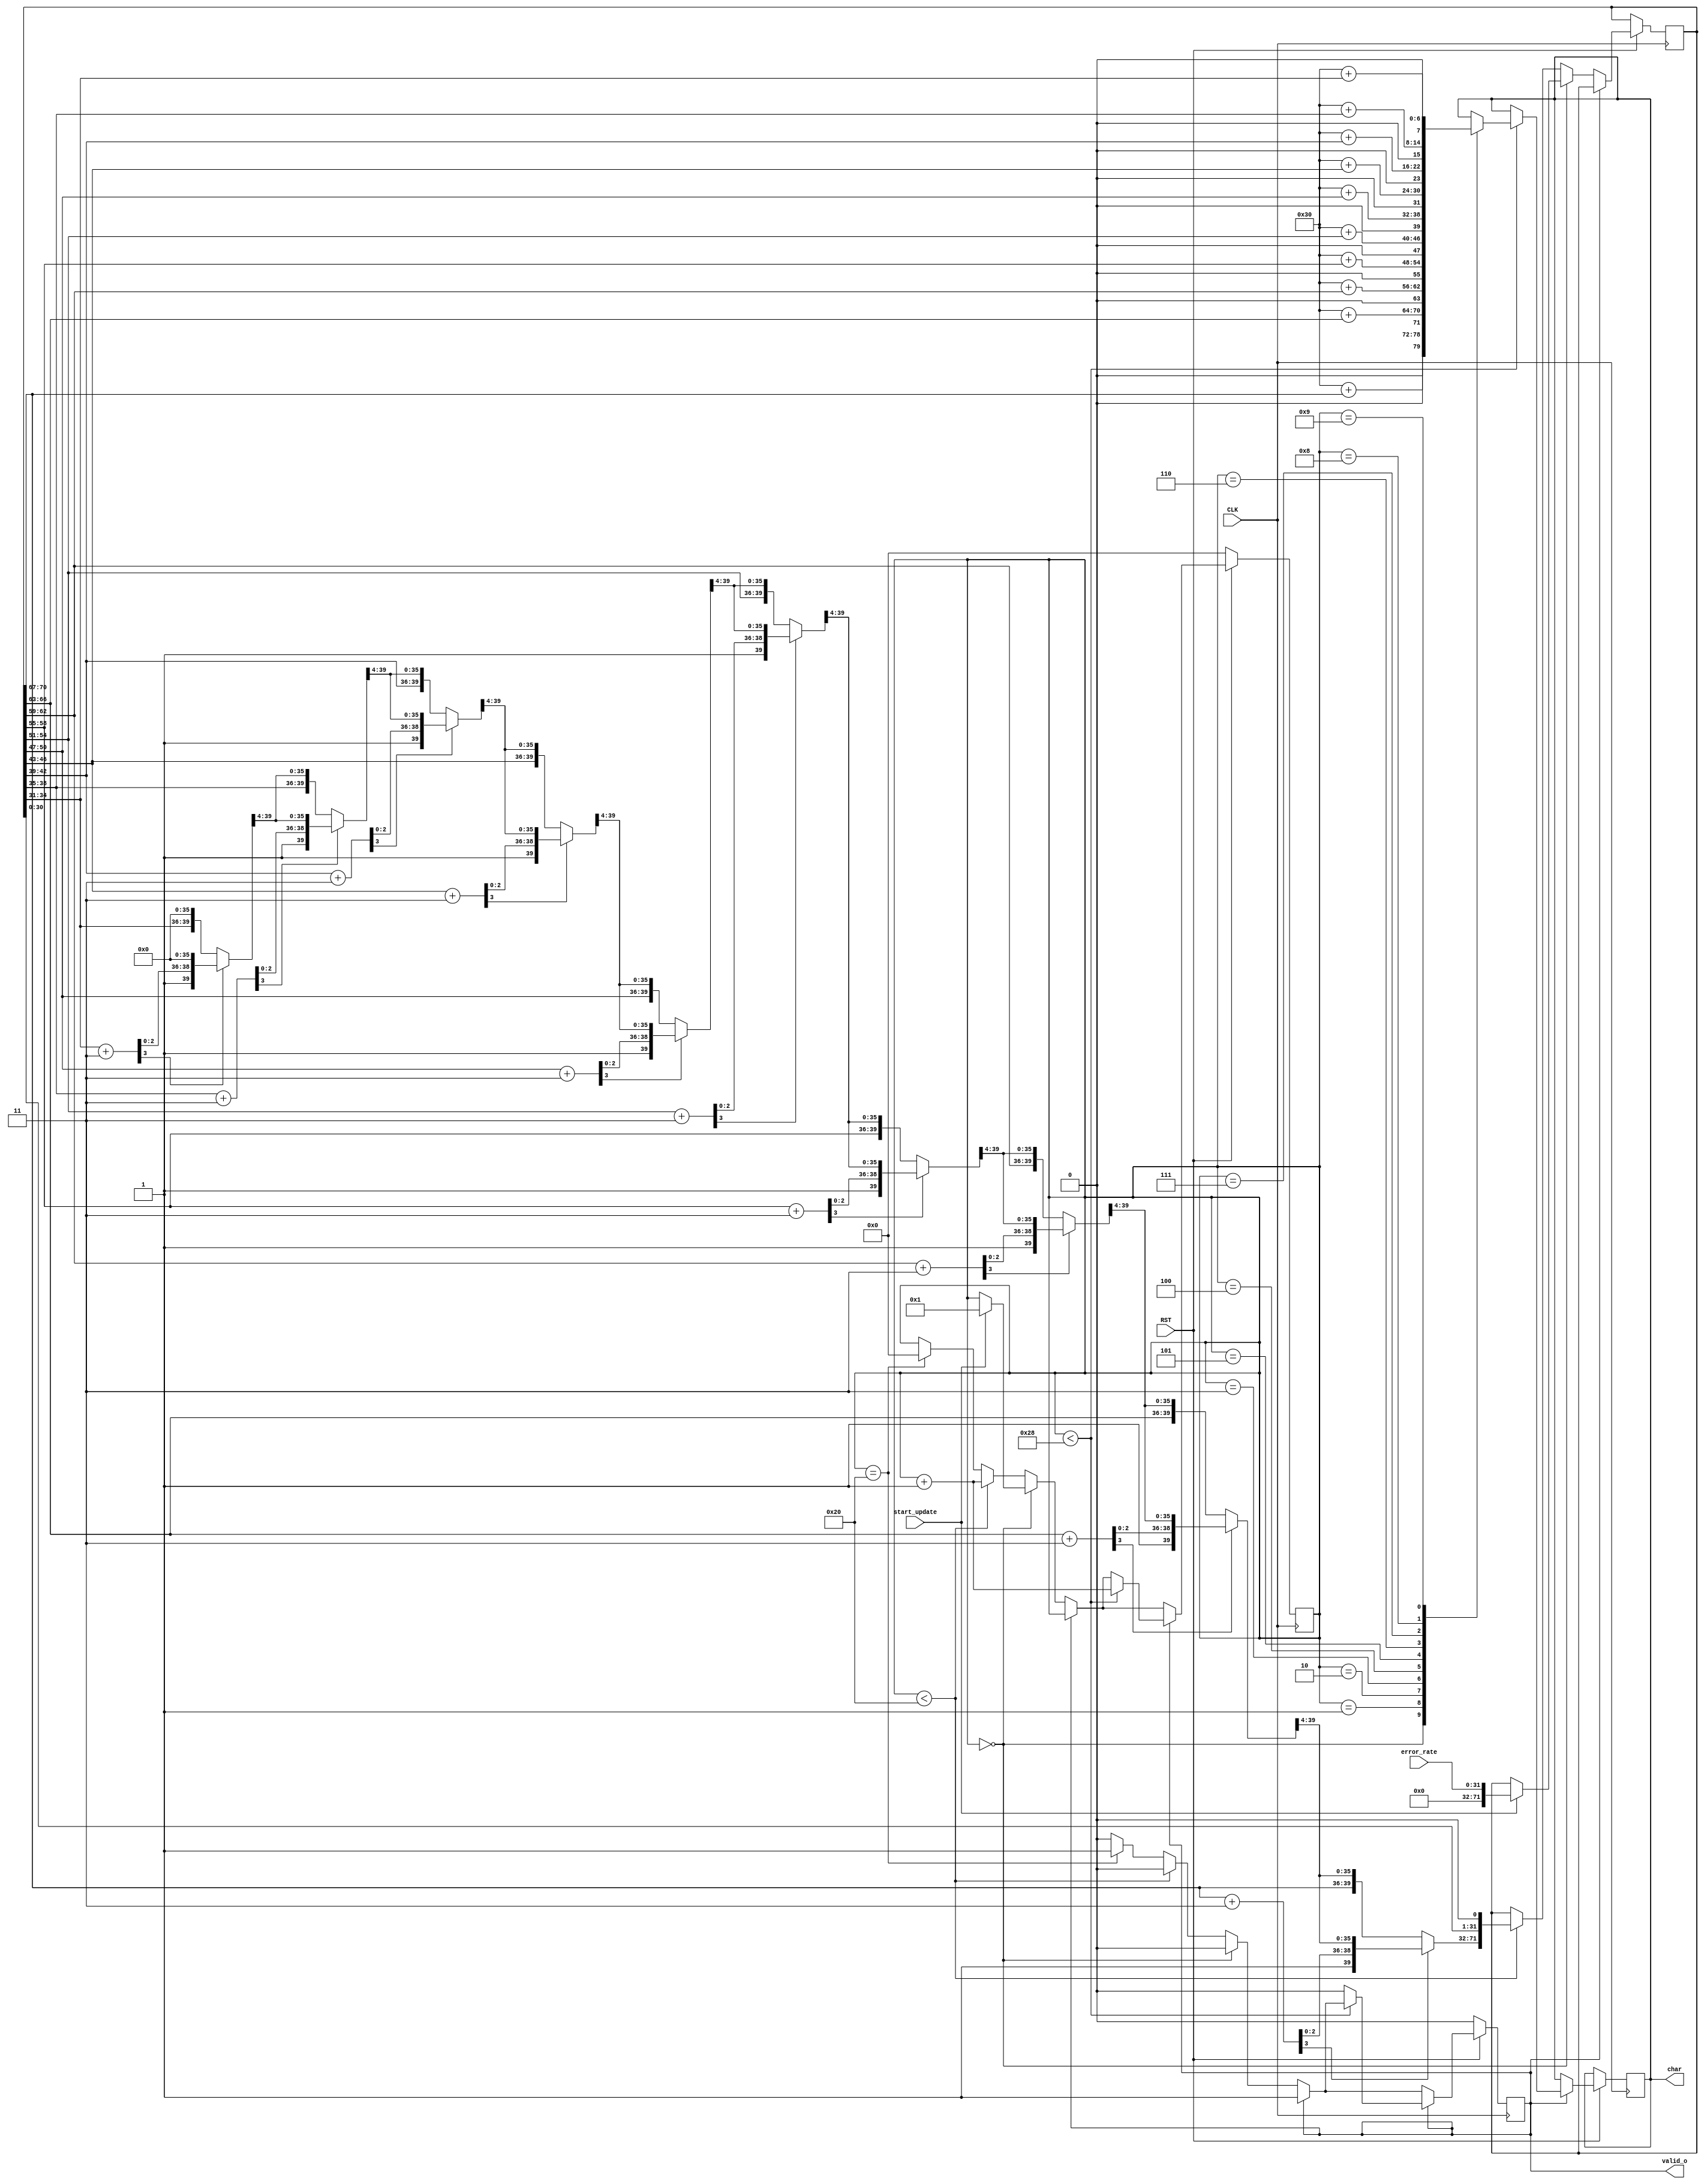

module num2char
  (
   input        CLK,
   input        RST,

   input        start_update,
   input [31:0] error_rate,

   output reg[7:0] char,
   output reg   valid_o
   );

// assign char = 8'd0;
// assign valid_o = 1'b0;

	`define BWW 6
	`define BW 32 // data
	`define DW 10
	`define DWW 4
	`define DWB 40 // digit 
	
//	wire[`BW-1:0] error_rate;
	reg [6:0] state;
	reg [`BW+`DWB-1:0] AllReg;
	reg [`DWB-1:0] dispchar;
	wire [`BW+`DWB-1:0] tempReg;
	assign tempReg = {AllReg[`BW+`DWB-2:0], 1'b0};
	
	always @(posedge CLK) begin
		if(!RST) begin
		   // 
			state <= 0;
			valid_o <= 0;
		end else begin
			if(valid_o == 0) begin
				if(state == 0) begin
					if(start_update == 1) begin
						state <= 1;
						AllReg <= {`DWB'b 0, error_rate};
					end
				end else if (state < (`BW)) begin
					AllReg <= {onedigit(tempReg), tempReg[`BW-1: 0]};
					state <= state + 1;
				end else if (state == (`BW)) begin
					state <= 0;
					valid_o <= 1;
				end
			end
			
			if(valid_o == 1) begin
				if(state < (`DWB)) begin
					case (state)
						0: 
							char <= "0" + tempReg[(`BW)+(`DWB)-1 :(`BW)+(`DWB)-4];
						1:
							char <= "0" + tempReg[(`BW)+(`DWB)-4-1 :(`BW)+(`DWB)-8];
						2:
							char <= "0" + tempReg[(`BW)+(`DWB)-8-1 :(`BW)+(`DWB)-12];
						3:
							char <= "0" + tempReg[(`BW)+(`DWB)-12-1 :(`BW)+(`DWB)-16];
						4:
							char <= "0" + tempReg[(`BW)+(`DWB)-16-1 :(`BW)+(`DWB)-20];
						5:
							char <= "0" + tempReg[(`BW)+(`DWB)-20-1 :(`BW)+(`DWB)-24];
						6:
							char <= "0" + tempReg[(`BW)+(`DWB)-24-1 :(`BW)+(`DWB)-28];
						7:
							char <= "0" + tempReg[(`BW)+(`DWB)-28-1 :(`BW)+(`DWB)-32];
						8:
							char <= "0" + tempReg[(`BW)+(`DWB)-32-1 :(`BW)+(`DWB)-36];
						9:
							char <= "0" + tempReg[(`BW)+(`DWB)-36-1 :(`BW)+(`DWB)-40];
						10:
							;
						default:
							;
					endcase
					state <= state + 1;
				end else begin
					valid_o <= 0;
				end
			end
		end
	end
	
	function [`DWB:0] onedigit;
		input [`BW+`DWB-1:0] in;
		reg [3:0] t0, t1;
		reg[`DWB-1:0] a;
		integer i;
		begin
			a = in[`BW+`DWB-1:`BW];
			onedigit = 0;
			for(i=0;i<`DW;i=i+1) begin
				onedigit = onedigit >> 4;
				t0 = a[3:0];
				a = a >> 4;
				t1 = t0 + 2'b 11;
				if(t1[3] == 1) begin
					onedigit = {t1[3:0], onedigit[`DWB-5:0]};
				end else begin
					onedigit = {t0[3:0], onedigit[`DWB-5:0]};
				end
			end
		end
	endfunction
endmodule